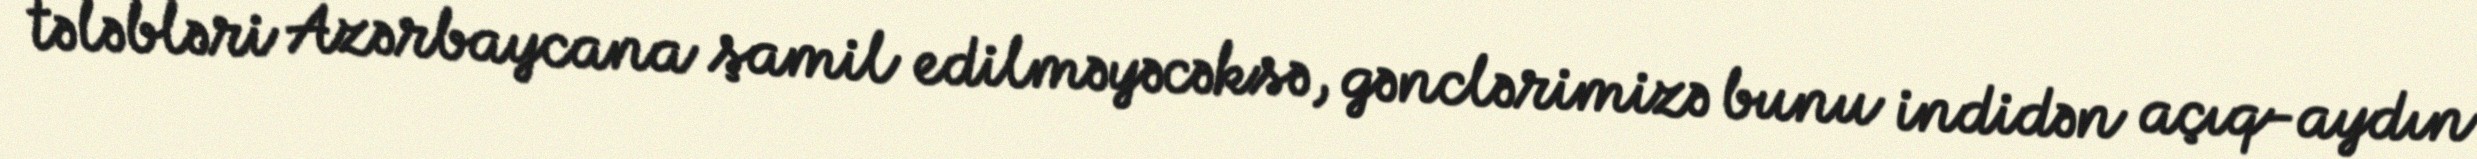
tələbləri Azərbaycana şamil edilməyəcəksə, gənclərimizə bunu indidən açıq-aydın